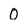
Character: 0